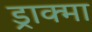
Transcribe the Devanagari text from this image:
ड्राक्मा